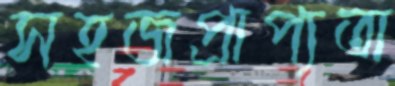
সহজপ্রাপ্যতা